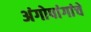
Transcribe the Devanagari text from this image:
अंगोपांगांचे